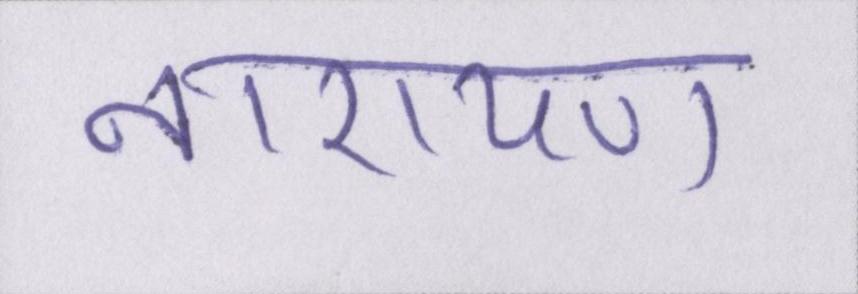
नारायण